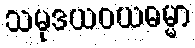
သမုဒယဝယဓမ္မာ